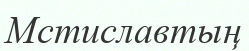
Мстиславтың